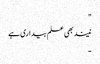
"
نیند بھی علم بیداری ہے
۔